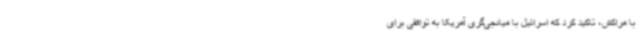
با مراکش، تاکید کرد که اسرائیل با میانجی‌گری آمریکا به توافقی برای